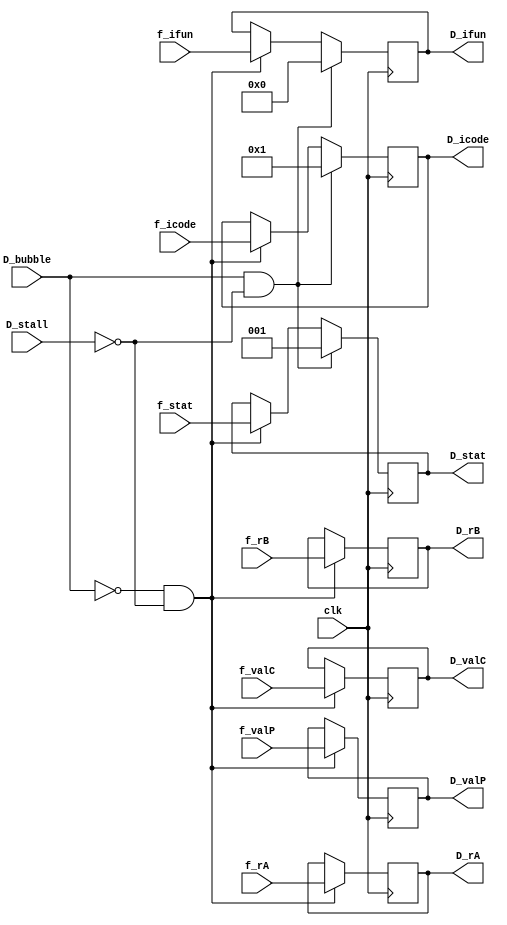
module decode_reg(clk,
f_icode,f_ifun,f_rA,f_rB,f_valC,f_valP,f_stat,
D_stat,D_icode,D_ifun,D_rA,D_rB,D_valC,D_valP,
D_stall,D_bubble);

input clk;

input wire [3:0] f_icode,f_ifun,f_rA,f_rB;
output reg [3:0] D_icode,D_ifun,D_rA,D_rB;

input wire [2:0] f_stat;
output reg [2:0] D_stat;
input wire D_stall,D_bubble;

input wire [63:0] f_valC,f_valP;
output reg [63:0] D_valC,D_valP;

always @(posedge clk)
begin

if(!(D_bubble) && !(D_stall))
begin
D_stat <= f_stat;
D_rA <= f_rA;
D_rB <= f_rB;
D_icode <= f_icode;
D_ifun <= f_ifun;
D_valP <= f_valP;
D_valC <= f_valC;
end


if(D_bubble && !(D_stall)) // as bubble case is already handled in fetch block and reg inputs are adjusted, and bubble here is accompanied by stall in fetch
begin
    //if(jump_ins_cnd)f_predPC=jump_ins_pred;
    D_stat <= 1;
    D_icode <=4'b0001;
    D_ifun <=4'b0000;
end

if((D_stall && !D_bubble) || (D_bubble && D_stall))
begin

end




end


endmodule